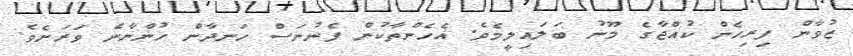
ޒުވާން ފިރިހެން ކުއްޖާގެ މޫނު ބަލައިލީމެވެ. އެހެންތާކުން ފެނުނަސް ހަނދާން ހުންނާނެ ވަރަށެވެ.